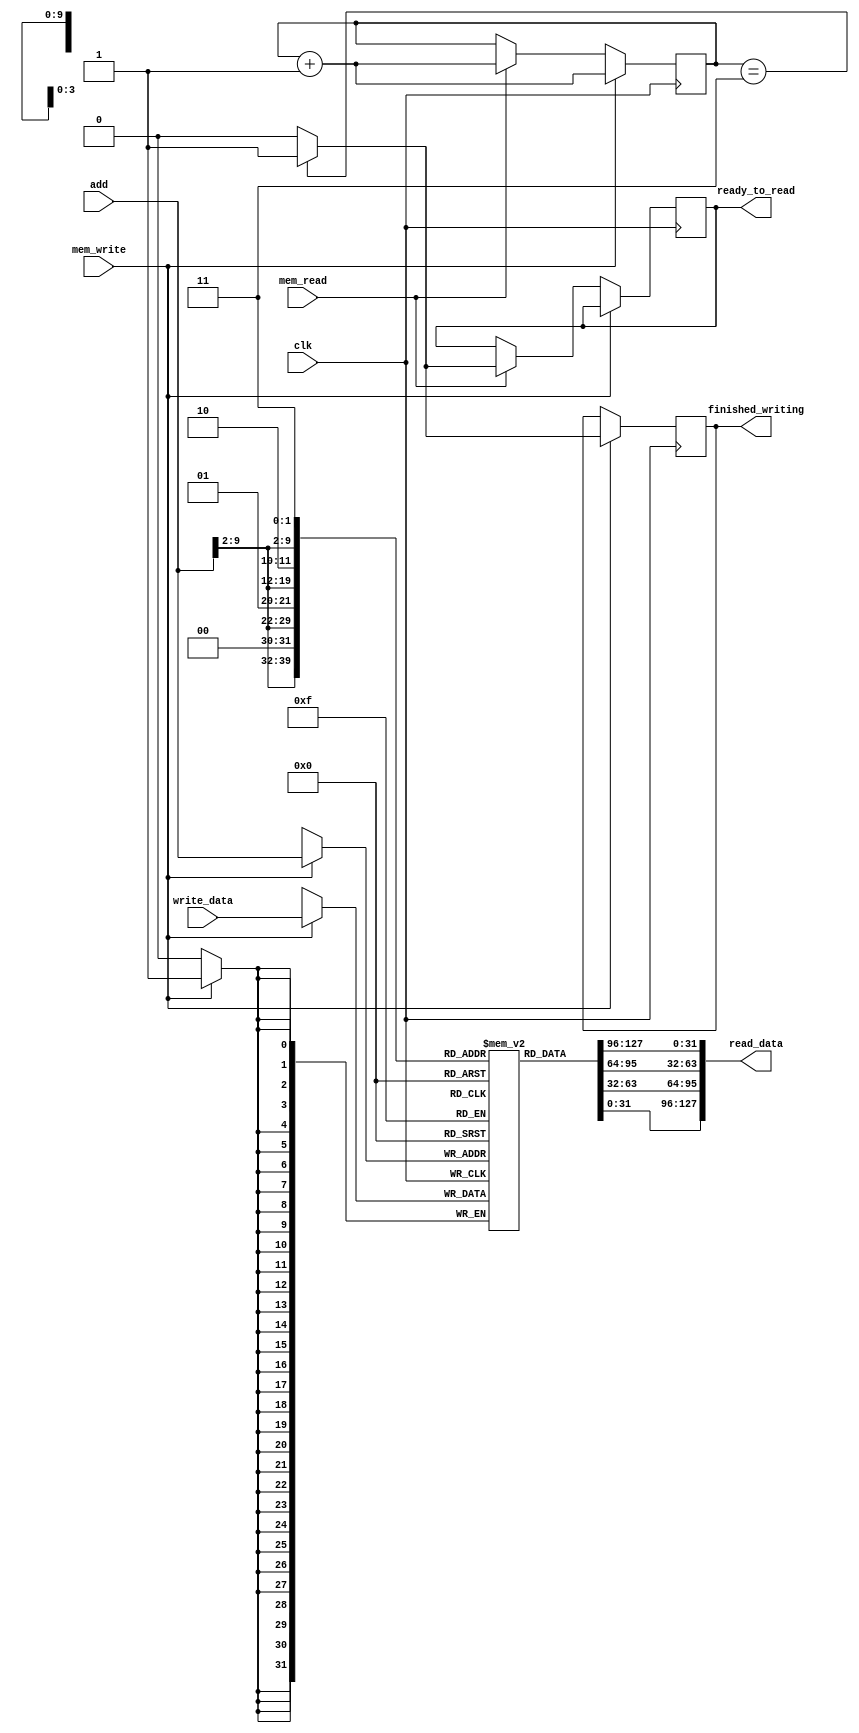
module main_memory (clk,add,write_data,mem_read,mem_write,read_data,ready_to_read,finished_writing);

parameter add_width = 10;
parameter data_width = 32;
parameter mem_depth = 1024;

input clk,mem_read,mem_write;
input [add_width-1:0] add;
input [data_width-1:0] write_data;

output reg [(4*data_width)-1:0] read_data;
output reg ready_to_read, finished_writing;

reg [data_width-1:0] mem [0:mem_depth-1];
reg [1 : 0] counter = 2'b00;

always @(posedge clk)
begin
   if (mem_write)
   begin          
      mem[add] <= write_data;
      finished_writing <= (counter == 2'b11)? 1 : 0;
      counter <= counter + 1;
   end

   else if (mem_read) 
   begin    
      ready_to_read <= (counter == 2'b11)? 1 : 0;
      counter <= counter + 1;  
   end
end
always @(*)
begin
      read_data = {mem[{add[9:2], 2'b11}], mem[{add[9:2], 2'b10}], mem[{add[9:2], 2'b01}], mem[{add[9:2], 2'b00}]}; 
end
endmodule